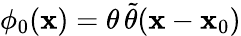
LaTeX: \phi_{0}(\mathbf{x})=\theta\, \tilde{{\theta}}(\mathbf{x}-\mathbf{x}_{0})